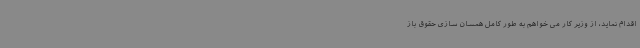
اقدام نماید، از وزیر کار می خواهم به طور کامل همسان سازی حقوق باز